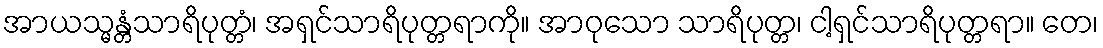
အာယသ္မန္တံသာရိပုတ္တံ၊ အရှင်သာရိပုတ္တရာကို။ အာဝုသော သာရိပုတ္တ၊ ငါ့ရှင်သာရိပုတ္တရာ။ တေ၊